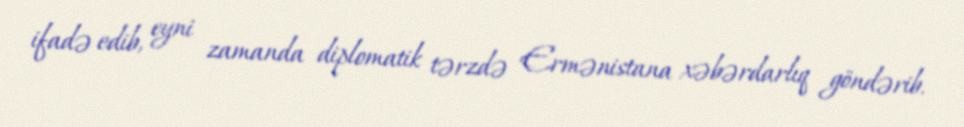
ifadə edib, eyni zamanda diplomatik tərzdə Ermənistana xəbərdarlıq göndərib.